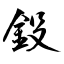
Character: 鈠